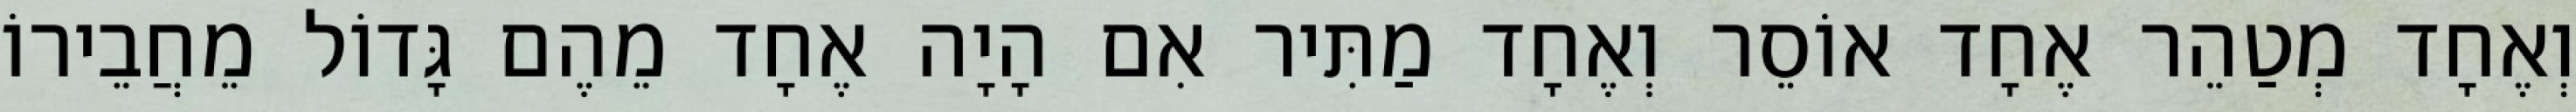
וְאֶחָד מְטַהֵר אֶחָד אוֹסֵר וְאֶחָד מַתִּיר אִם הָיָה אֶחָד מֵהֶם גָּדוֹל מֵחֲבֵירוֹ